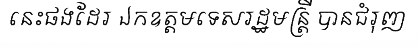
នេះផងដែរ ឯកឧត្តមទេសរដ្ឋមន្ត្រី បានជំរុញ